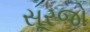
સૂરજો